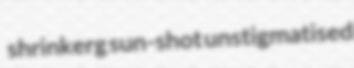
shrinkerg sun-shot unstigmatised